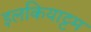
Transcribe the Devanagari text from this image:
इलकियाट्टम